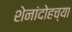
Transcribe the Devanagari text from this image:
शेनांदोहच्या